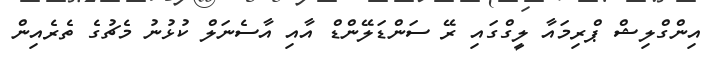
އިންގްލިޝް ޕްރިމައާ ލީގްގައި ރޭ ސަންޑަލޭންޑް އާއި އާސެނަލް ކުޅުނު މެޗުގެ ތެރެއިން